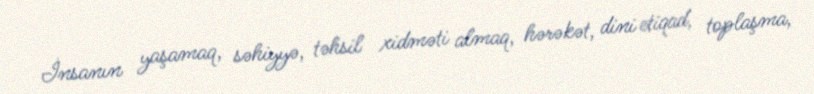
İnsanın yaşamaq, səhiyyə, təhsil xidməti almaq, hərəkət, dini etiqad, toplaşma,